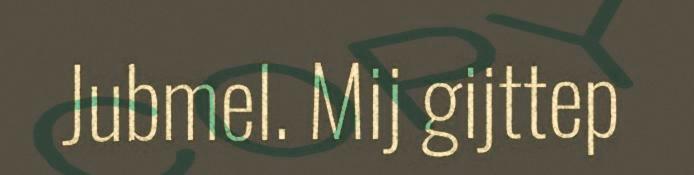
Jubmel. Mij gijttep